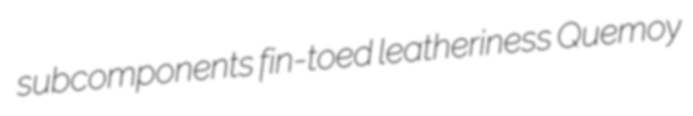
subcomponents fin-toed leatheriness Quemoy